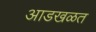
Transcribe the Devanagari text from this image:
आडखळत